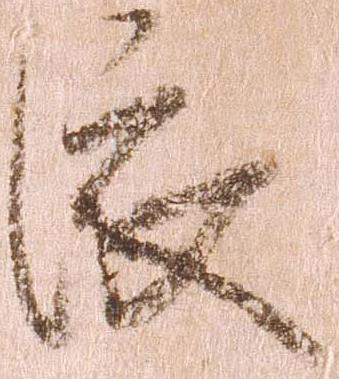
依